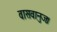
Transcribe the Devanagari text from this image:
वासवानुजः।